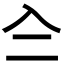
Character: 𠓞